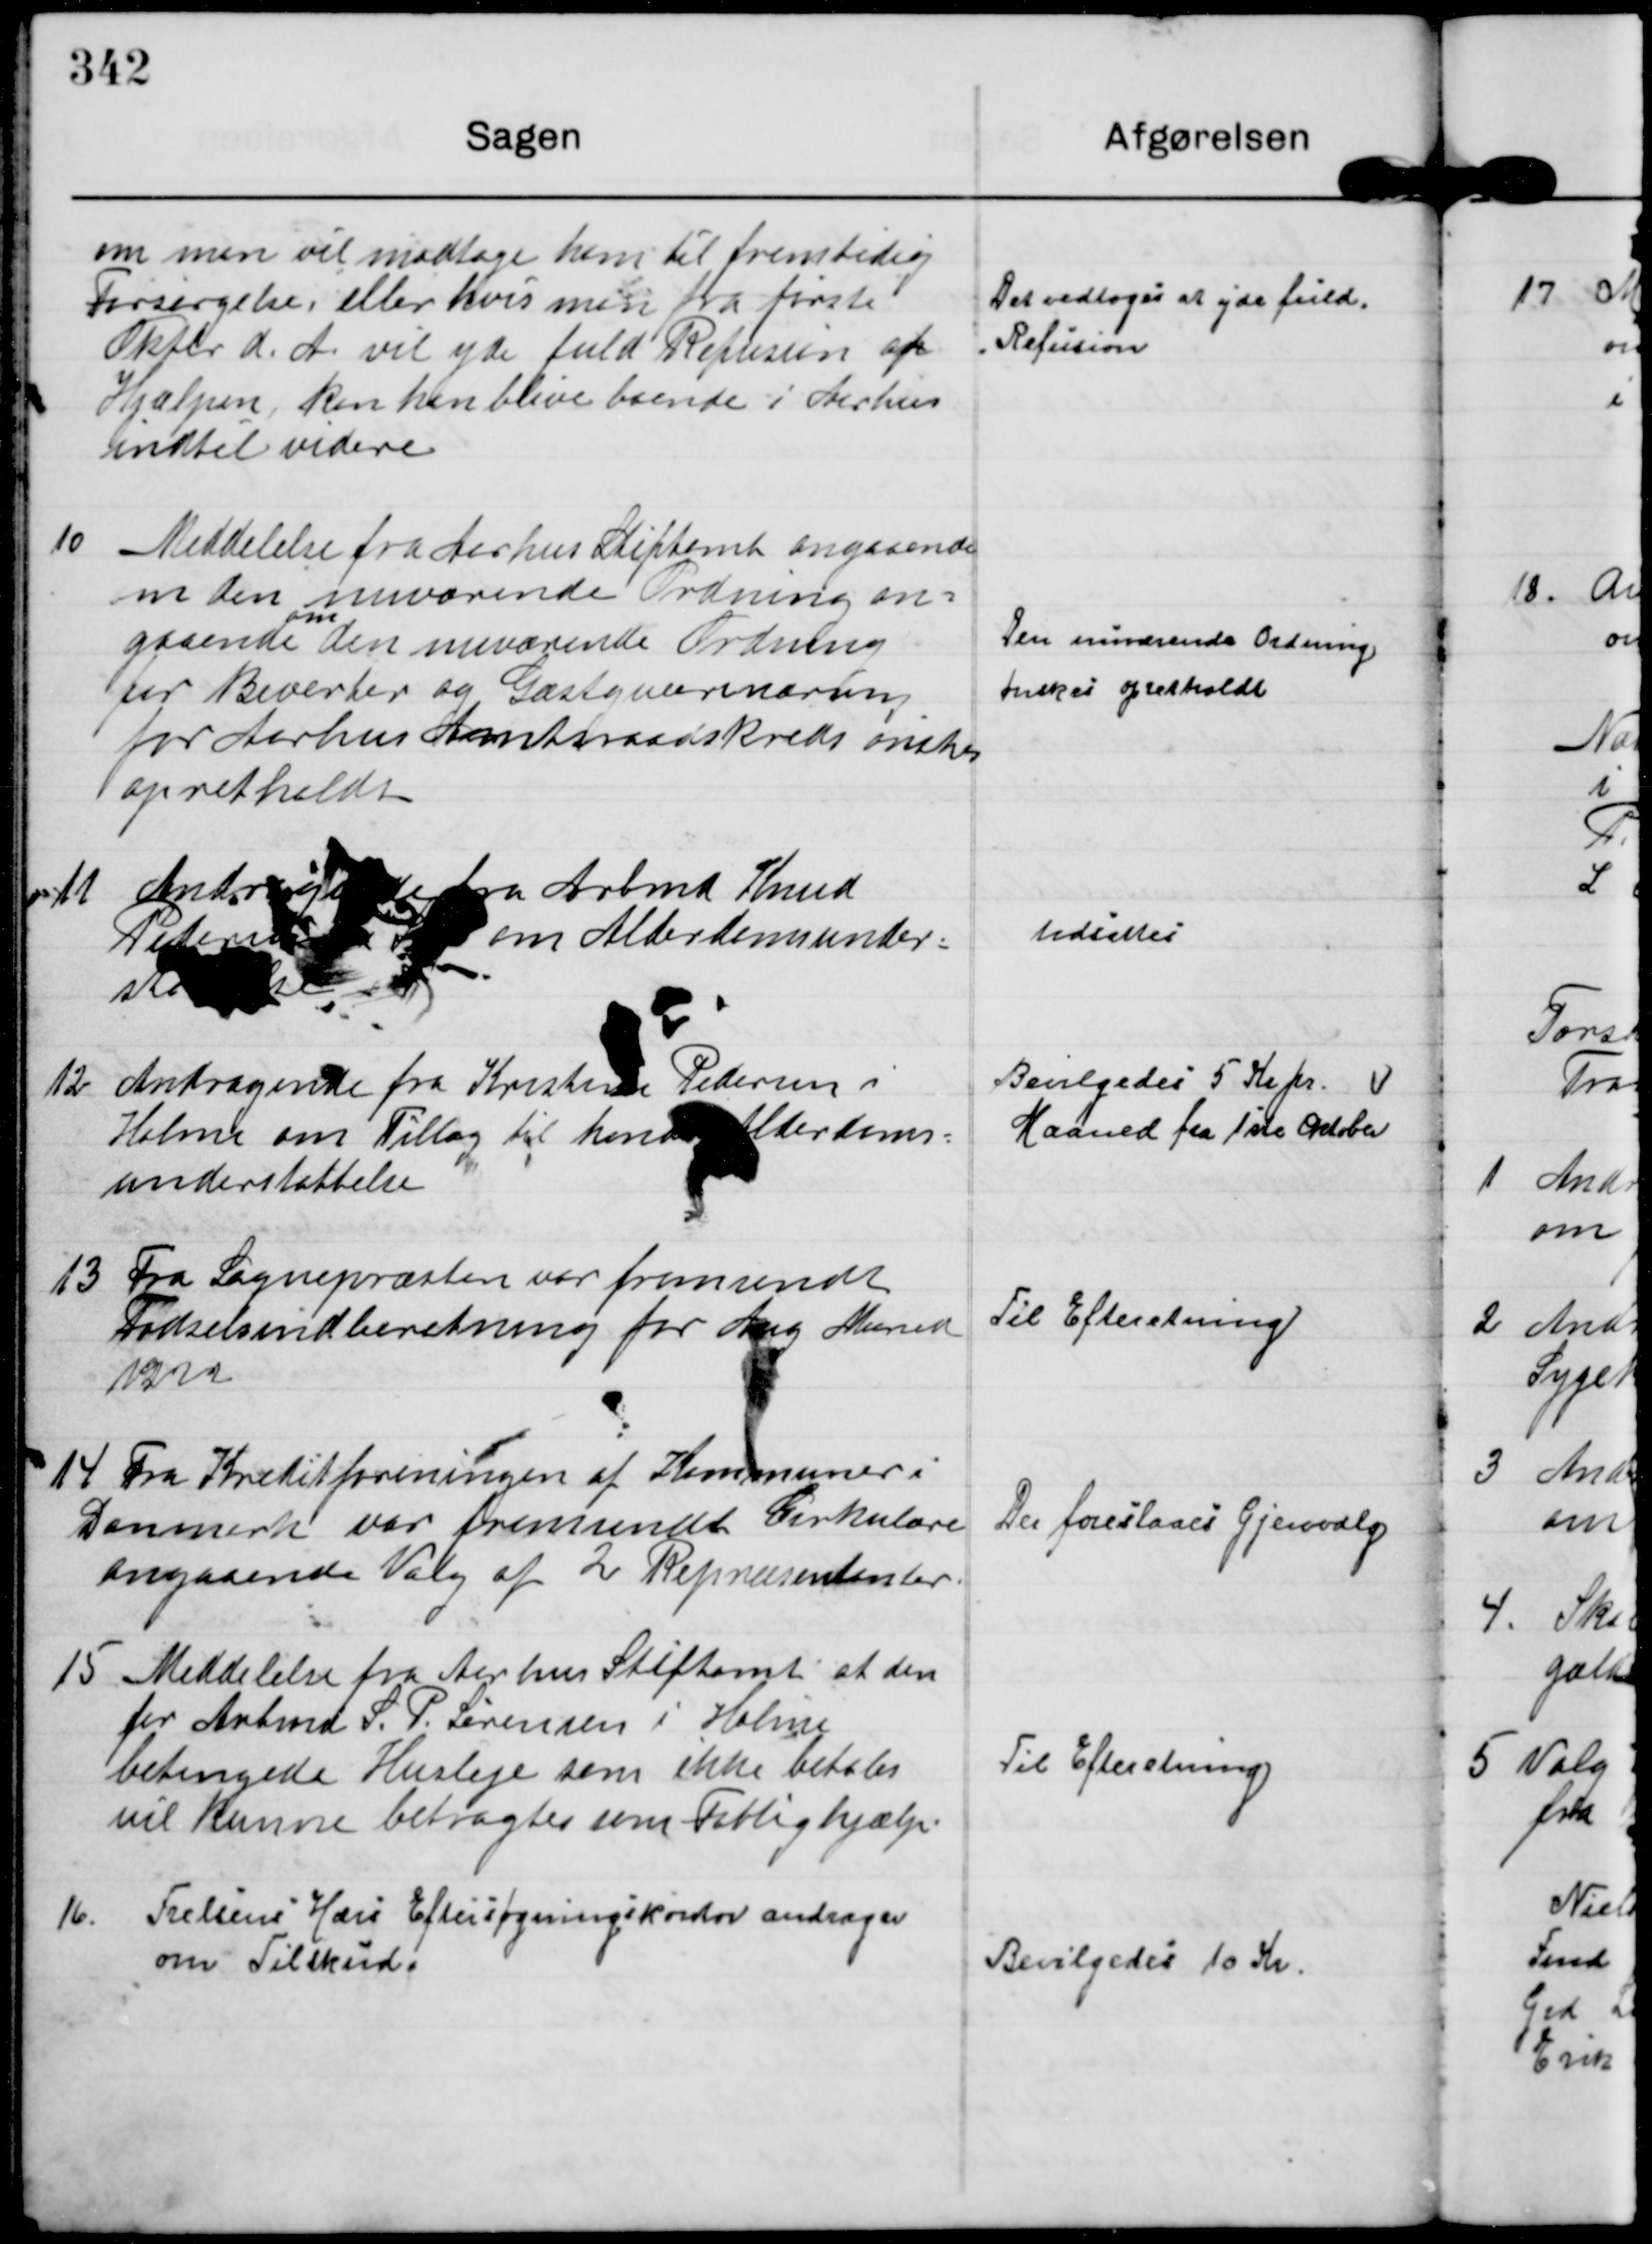
Transskription:
om man vil modtage ham til fremtidig
Forsørgelse, eller hvis man fra første
Oktbr ds A. vil yde fuld Refusion af
Hjælpen, kan han blive boende i Aarhus
indtil videre

Der vedtoges at yde fuld.
Refusion

10
Meddelelse fra Aarhus Stiftamt angaaende
om den nuværende Ordning an-
gaaende om den nuværende Ordning
for Beverter og Gæstgiverernæring
for Aarhus Amtsraadskreds ønskes
opretholdt.

Den nuværende Ordning
ønskes opretholdt.

11 Andragende fra Arbmd Knud
Petersen om Alderdomsunder-
støttelse.

Udsattes

12 Andragende fra Kristen Pedersen i
Holme om Tillæg til hans Alderdoms-
understøttelse

Bevilgedes 5 Kr pr
Maaned fra 1ste Oktober

13 Fra Sognepræsten var fremsendt
Fødselsindberetning for Aug Maaned
1922

Til Efteretning.

14 Fra Kreditforeningen af Kommuner i
Danmark var fremsendt Cirkulære
angaaende Valg af 2 Repræsentanter.

Der foreslaaes Gjenvalg

15 Meddelelse fra Aarhus Stiftamt at den
for Arbmd S. P. Sørensen i Holme
betingede Husleje som ikke betales
vil kunne betragtes som Fattighjælp.

Til Efteretning.

16
Frelsens Hærs Eftersøgningskontor andrager
om Tilskud.

Bevilgedes 10 Kr.